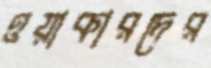
ওয়াকারদের